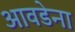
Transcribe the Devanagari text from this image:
आवडेना